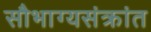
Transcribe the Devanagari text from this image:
सौभाग्यसंक्रांत